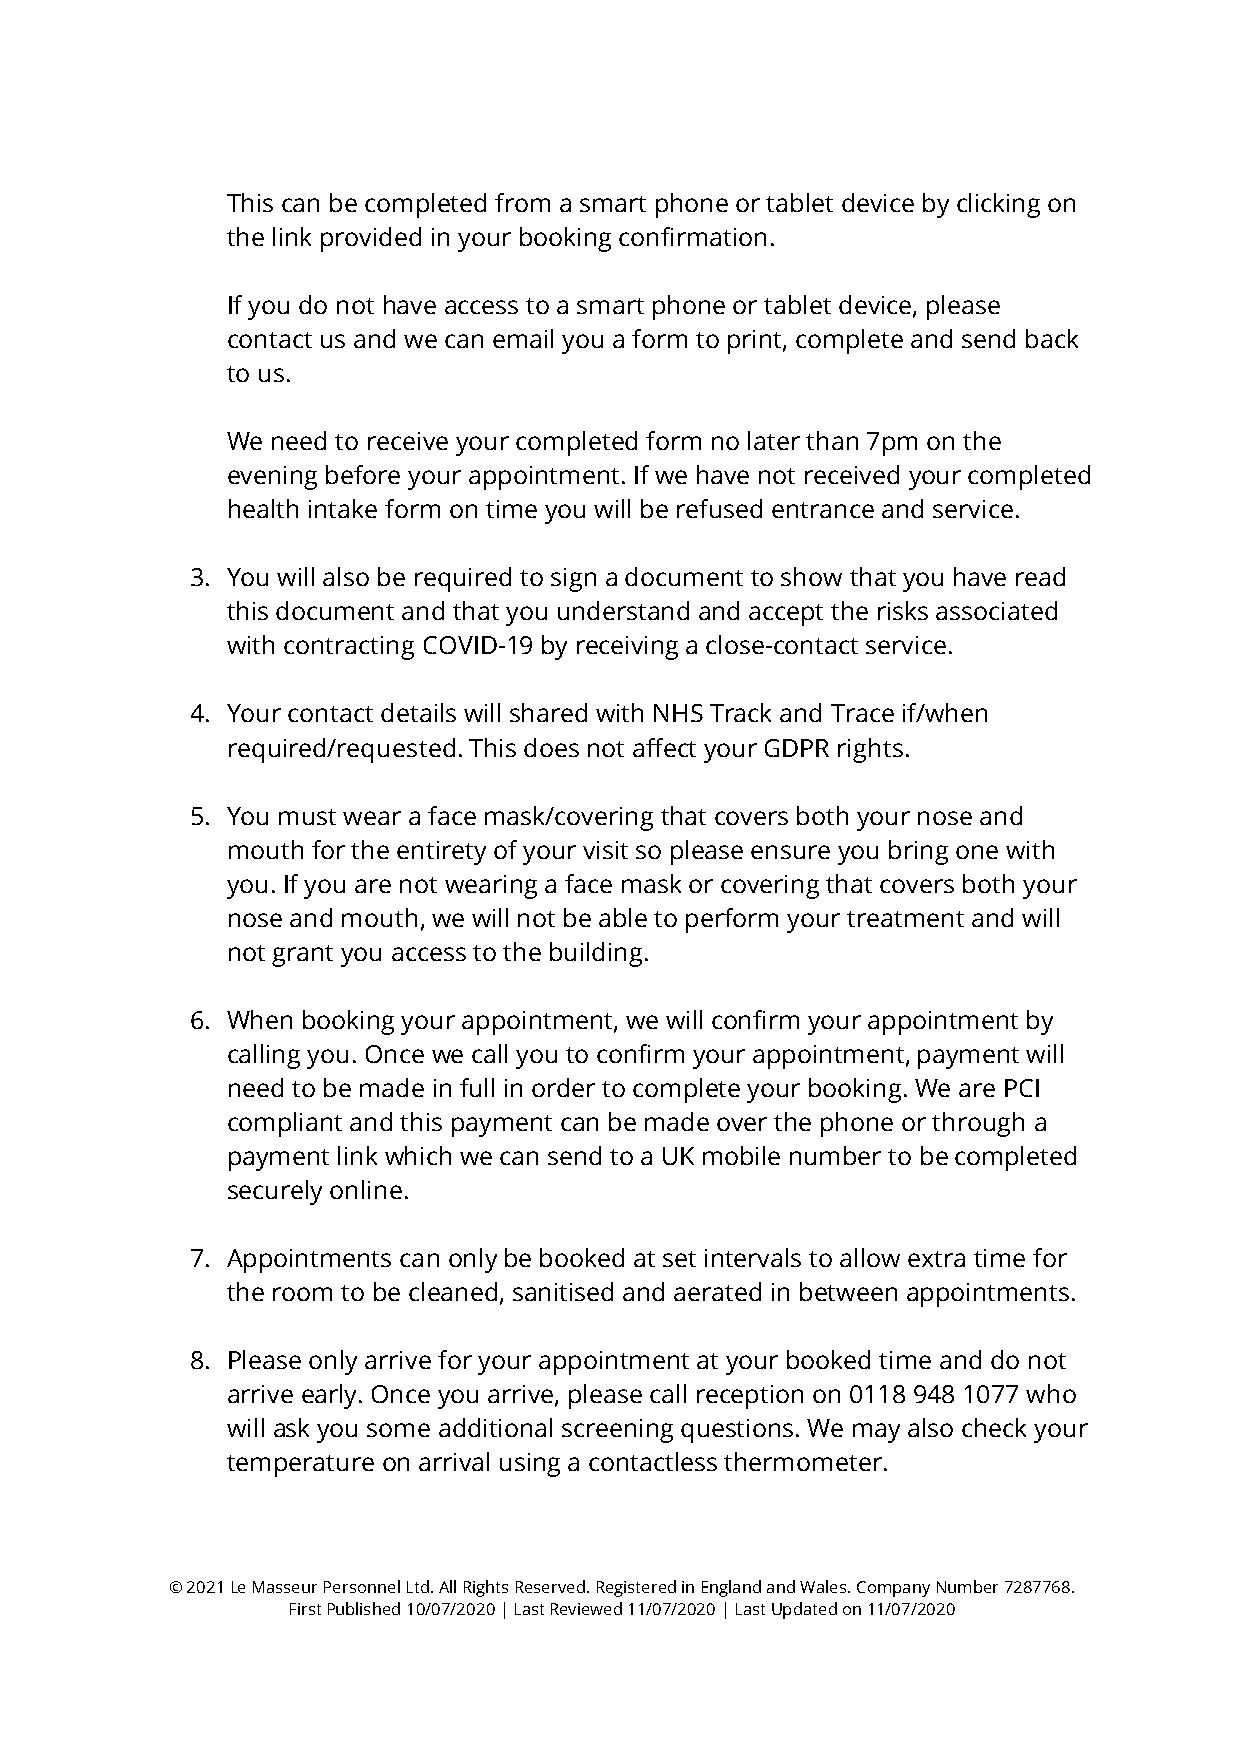
This can be completed from a smart phone or tablet device by clicking on
 the link provided in your booking confirmation.
 If you do not have access to a smart phone or tablet device, please
 contact us and we can email you a form to print, complete and send back
 to us.
 We need to receive your completed form no later than 7pm on the
 evening before your appointment. If we have not received your completed
 health intake form on time you will be refused entrance and service.
 3. You will also be required to sign a document to show that you have read
 this document and that you understand and accept the risks associated
 with contracting COVID-19 by receiving a close-contact service.
 4. Your contact details will shared with NHS Track and Trace if/when
 required/requested. This does not affect your GDPR rights.
 5. You must wear a face mask/covering that covers both your nose and
 mouth for the entirety of your visit so please ensure you bring one with
 you. If you are not wearing a face mask or covering that covers both your
 nose and mouth, we will not be able to perform your treatment and will
 not grant you access to the building.
 6. When booking your appointment, we will confirm your appointment by
 calling you. Once we call you to confirm your appointment, payment will
 need to be made in full in order to complete your booking. We are PCI
 compliant and this payment can be made over the phone or through a
 payment link which we can send to a UK mobile number to be completed
 securely online.
 7. Appointments can only be booked at set intervals to allow extra time for
 the room to be cleaned, sanitised and aerated in between appointments.
 8. Please only arrive for your appointment at your booked time and do not
 arrive early. Once you arrive, please call reception on 0118 948 1077 who
 will ask you some additional screening questions. We may also check your
 temperature on arrival using a contactless thermometer.
 © 2021 Le Masseur Personnel Ltd. All Rights Reserved. Registered in England and Wales. Company Number 7287768.
 First Published 10/07/2020 | Last Reviewed 11/07/2020 | Last Updated on 11/07/2020